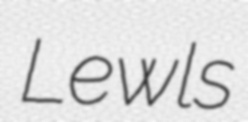
Lewls